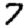
Digit: 7